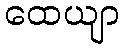
ထေယျာ